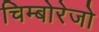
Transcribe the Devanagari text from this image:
चिम्बोरेजो